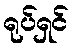
ရုပ်ရှင်